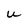
Character: U